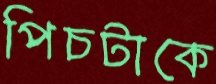
পিচটাকে